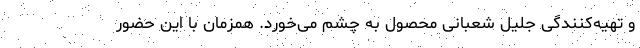
و تهیه‌کنندگی جلیل شعبانی محصول به چشم می‌خورد. همزمان با این حضور